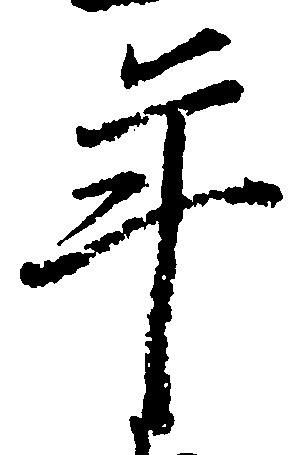
年